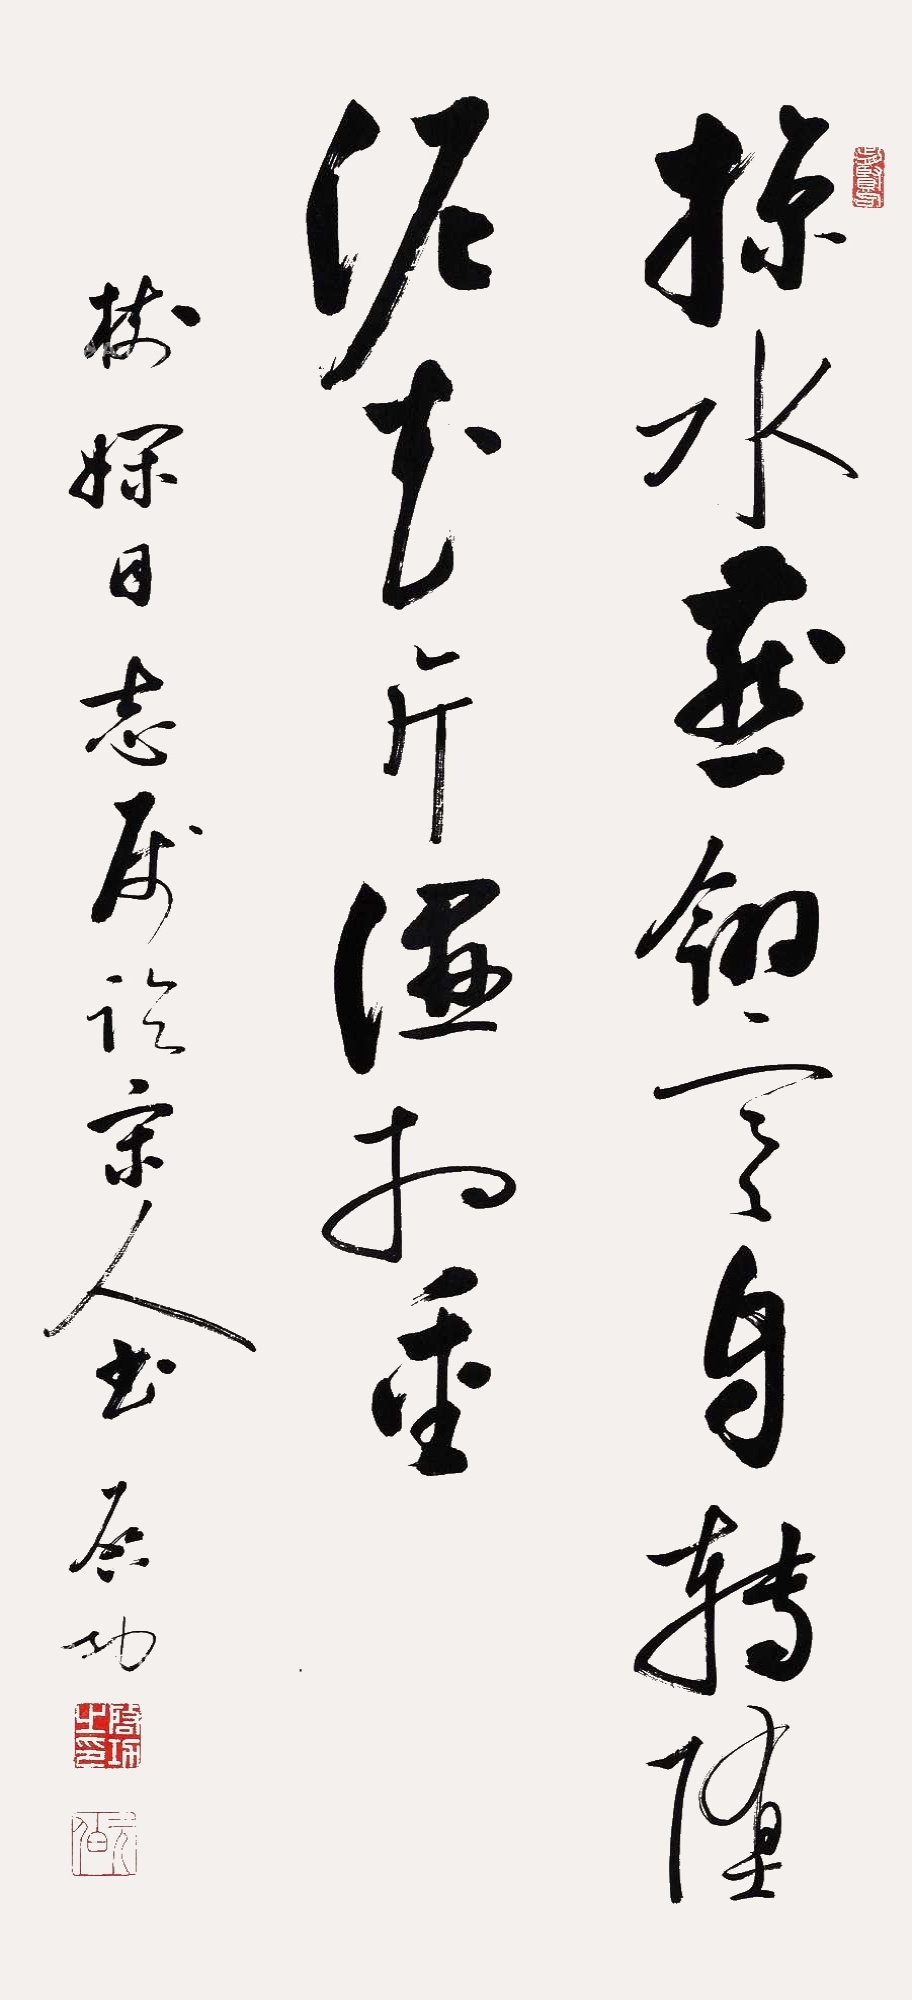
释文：掠水燕翎寒自转，堕泥花片湿相重。树娴同志属临宋人书。启功。